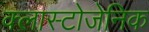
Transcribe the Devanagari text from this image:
क्लास्टोजेनिक